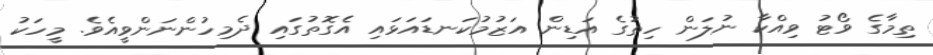
ތިމާގެ ވޯޓު ވިއްކާ ނުލަން ހިތުގެ އަޑިން އަޒުމުކަނޑައަޅައި އެގޮތުގައި ދެމިހުންނަންވީއެވެ. މީހަކު